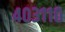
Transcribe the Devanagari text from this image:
४०३११०